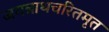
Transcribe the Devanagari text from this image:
जगन्नाथचरितमृत